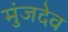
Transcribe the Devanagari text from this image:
मुंजदेव